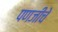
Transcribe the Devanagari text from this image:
पणजीचे